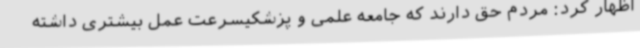
اظهار کرد: مردم حق دارند که جامعه علمی و پزشکیسرعت عمل بیشتری داشته